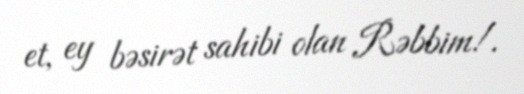
et, ey bəsirət sahibi olan Rəbbim!.